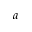
a